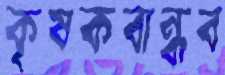
কৃষকবান্ধব